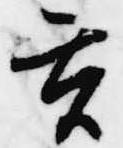
玄